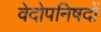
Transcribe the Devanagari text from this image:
वेदोपनिषदों